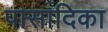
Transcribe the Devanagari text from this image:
पासादिका